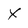
Character: x